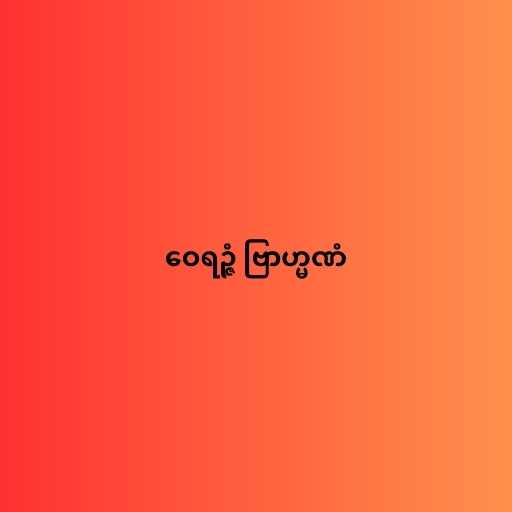
ဝေရဉ္ဇံ ဗြာဟ္မဏံ